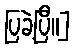
ပြခဲ့ပြီ။]